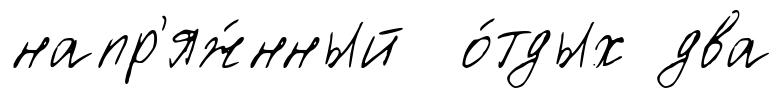
напр'яж́нный о́тдых два